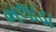
ભલાડા